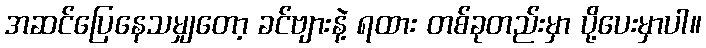
အဆင်ပြေနေသမျှတော့ ခင်ဗျားနဲ့ ရထား တစ်ခုတည်းမှာ ပို့ပေးမှာပါ။